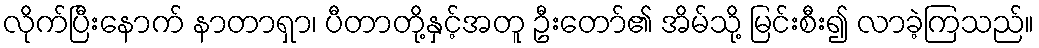
လိုက်ပြီးနောက် နာတာရှာ၊ ပီတာတို့နှင့်အတူ ဦးတော်၏ အိမ်သို့ မြင်းစီး၍ လာခဲ့ကြသည်။